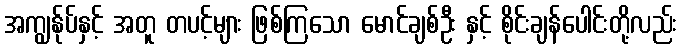
အကျွန်ုပ်နှင့် အတူ တပင့်များ ဖြစ်ကြသော မောင်ချစ်ဦး နှင့် စိုင်းချန်ပေါင်းတို့လည်း